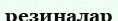
резиналар